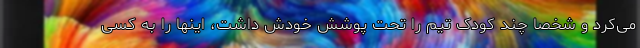
می‌کرد و شخصاً چند کودک تیم را تحت پوشش خودش داشت، اینها را به کسی